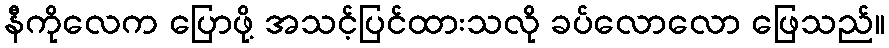
နီကိုလေက ပြောဖို့ အသင့်ပြင်ထားသလို ခပ်လောလော ဖြေသည်။